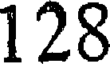
128